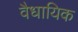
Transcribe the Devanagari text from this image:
वैधायिक